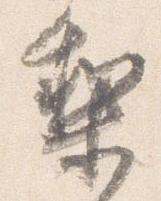
梨